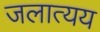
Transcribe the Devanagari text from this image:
जलात्यय